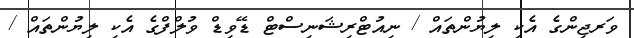
ވަރޖިންގެ އެކި ލިޔުންތައް / ނިއުޓްރިޝަނިސްޓް ޑޭވިޑް ވުލްފްގެ އެކި ލިޔުންތައް /